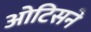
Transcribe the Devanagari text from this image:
ओटिसने